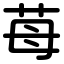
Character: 苺